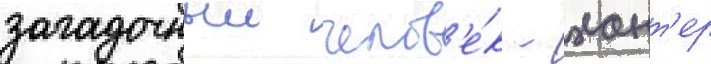
загадочныи челов'е́к - хант'ер